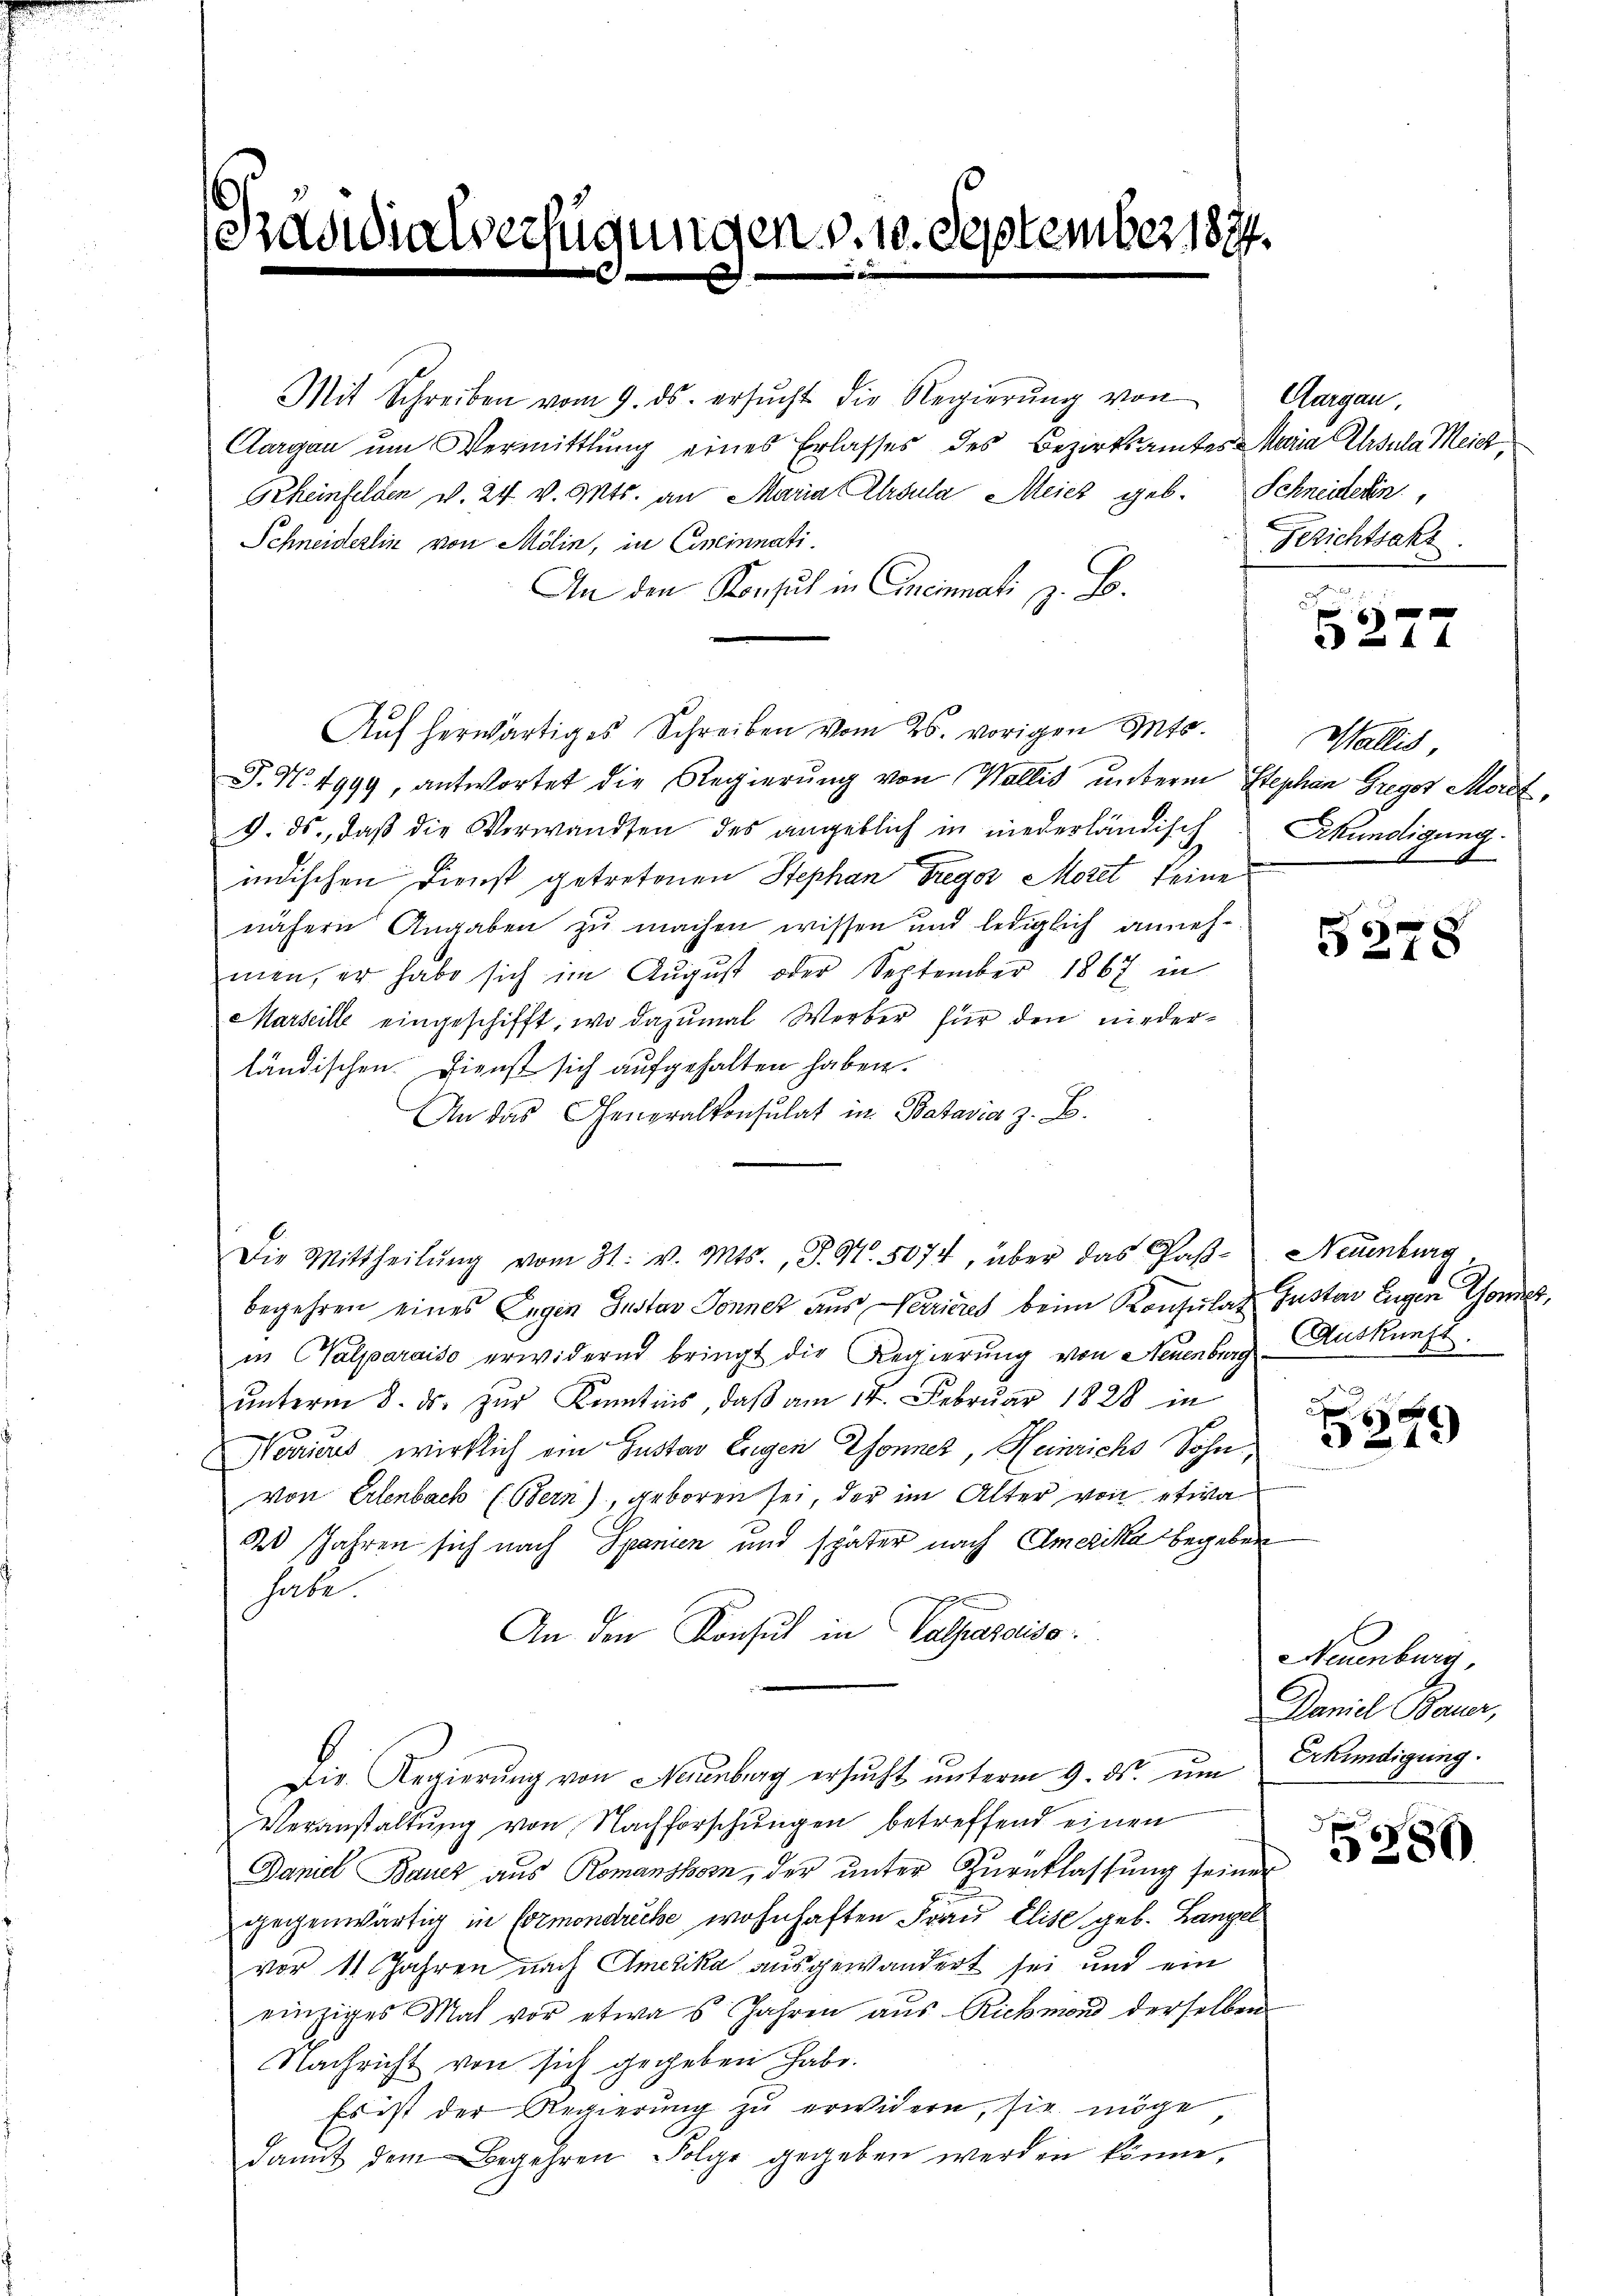
räder

sigen v. 10. September 1874.

Mit Schreiben vom 9. ds. ersŭcht die Regierŭng von Aargau,
Aargau um Vermittlung eines Erlasses des Bezirksamtes Maria Ursula Meicz
Scheinfelden v. 24 v. Mts. an Maria Ursula Meies geb. Schneiderin
Schneiderlin von Mölin, in Cineinnati¬
An den Konsul in Cincinati z. B.
Auf herwärtiges Schreiben vom 26. vorigen Mts.
J. N. 4999, antwortet die Regierŭng von Wallis unterm Stephan Gregor Mordt,
9. ds., daß die Verwandten des angeblich in niederländisch
indischen Dienst getretenen Stephan Gregor Moret, keine
nähern Angaben zu machen wissen und lediglich annehmen, er habe sich im August oder September 1867 in
Marseille eingeschifft, wo dazumal Werber für den niederländischen Dienst sich aufgehalten haben.
An das Generalkonsulat in Batavia z. B.
Die Mittheilŭng vom 31. v. Mts., P. Nr. 5074, über das Pas- Neuenburg
begehren eines Eugen Gustav Sonnet aus Verrieres beim Konsulat Gustav Eugen Tones,
in Calparaiso erwidernd bringt die Regierung von Neuenburg Auskunft
ŭnterm 8. ds. zŭr Kenntnis, daβ am 14. Febrŭar 1828 in
Noricus wirklich ein Gustav Eugen Donner, Heinrichs Sohn,
von Erlenbach (Bern), geboren sei, der im Alter von etwa
20 Jahren sich nach Spanien und später nach Amerika begeben
habe.
An den Konsul in Valmaraiso
Die Regierung von Neuenburg ersucht unterm 9. ds. eine Erkundigung.
Veranstaltung von Nachforschungen betreffend einen
Daniel Bauz aus Romanshorn, der unter Zurücklassung seiner
gegenwärtig in Cormondrucke wohnhaften Frau Elise geb. Langel
vor 11 Jahren nach Amerika ausgewandert sei und ein
einziges Mal vor etwas Jahren aŭs Rickmond derselben
Nachricht von sich gegeben habe.
Es ist der Regierung zu erwidern, sie möge
damit dem Begehren Folge gegeben werden könne,

Gezichtsakt

x
44

Wallis,
Kkündigung.
1

5278

x
215)

Neuenburg,
Daniel Bauer,

5380